Leaving Certificate Examination, 1914
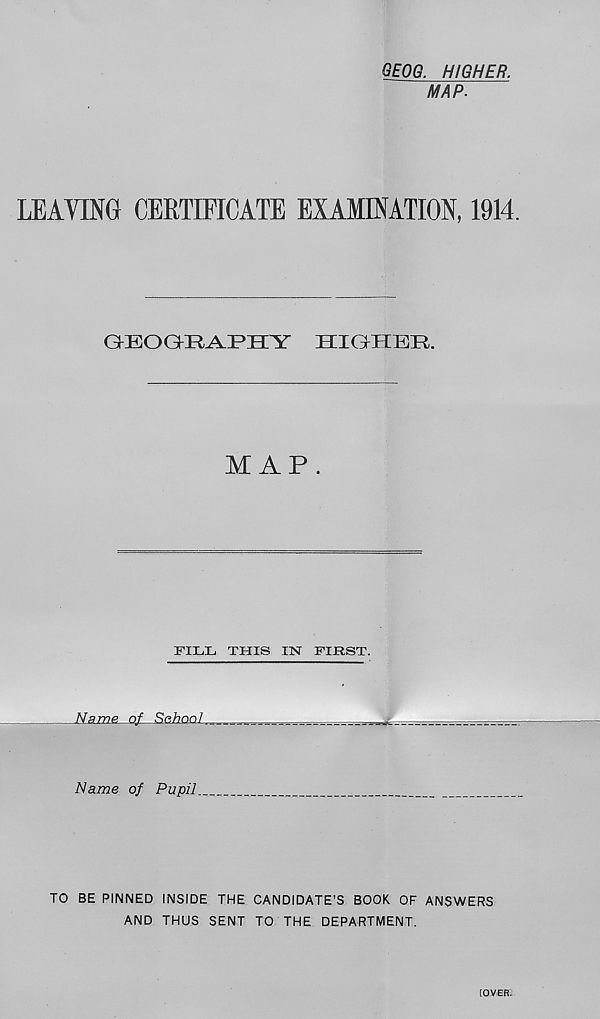
GEOG. HIGHER.
MAP.
LEAVING CERTIFICATE EXAMINATION, 1914.
GEOGKR^lJPHY
higher.
MAP.
FILL THIS IN FIRST.
Kama nf ^SchonJ.
Hama of Pupil
TO BE PINNED INSIDE THE CANDIDATE’S BOOK OF ANSWERS
AND THUS SENT TO THE DEPARTMENT.
[OVER.